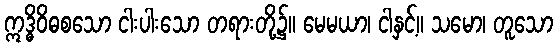
ဣဒ္ဓိဝိဓစသော ငါးပါးသော တရားတို့၌။ မေမယာ၊ ငါနှင့်။ သမော၊ တူသော